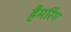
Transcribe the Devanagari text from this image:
हैमरिंग